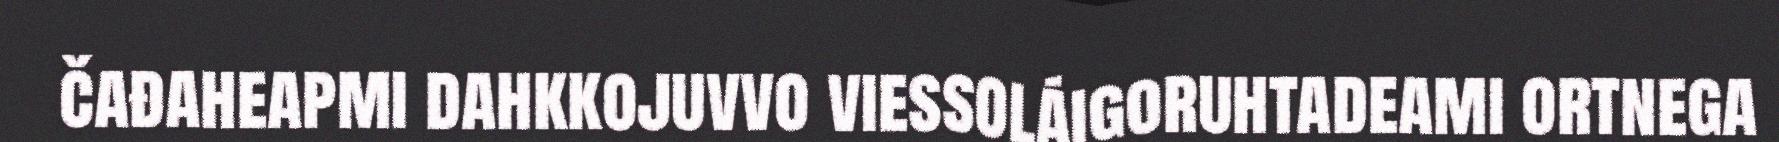
čađaheapmi dahkkojuvvo viessoláigoruhtadeami ortnega